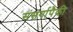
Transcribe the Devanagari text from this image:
संसर्गापैकी